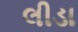
લીડા